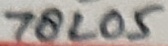
Text: 78L05